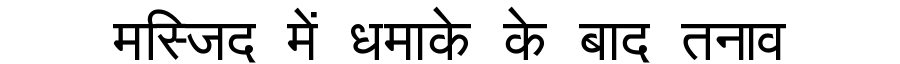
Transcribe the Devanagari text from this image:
मस्जिद में धमाके के बाद तनाव